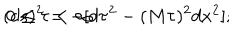
( d s ) ^ { 2 } = - [ d \tau ^ { 2 } - ( M \tau ) ^ { 2 } d x ^ { 2 } ] ; \hspace { 0 . 3 c m } 0 \le \tau < \infty